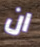
ان